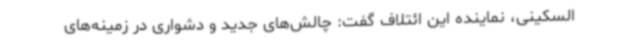
السکینی، نماینده این ائتلاف گفت: چالش‌های جدید و دشواری در زمینه‌های